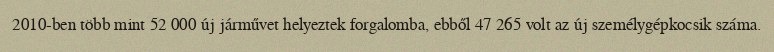
2010-ben több mint 52 000 új járművet helyeztek forgalomba, ebből 47 265 volt az új személygépkocsik száma.